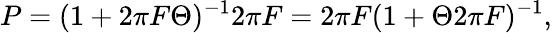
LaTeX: P=(1+2\pi F\Theta)^{-1}2\pi F=2\pi F(1+\Theta 2\pi F)^{-1},